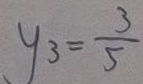
y _ { 3 } = \frac { 3 } { 5 }